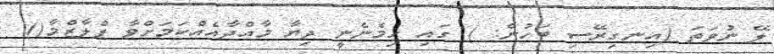
ލޭ ނުވަތަ (އިނގިރޭސި ބަހުން: ) ގައި ހިމެނެނީ ދިޔާ މާއްދާއެއްކަމަށްވާ ޕްލާޒްމާ()